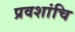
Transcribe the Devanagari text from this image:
प्रवशांचि